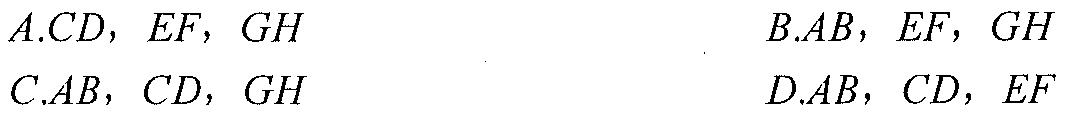
A.\(CD, EF, GH\)  \qquad B.\(AB, EF, GH\)
C.\(AB, CD, GH\)  \qquad D.\(AB, CD, EF\)